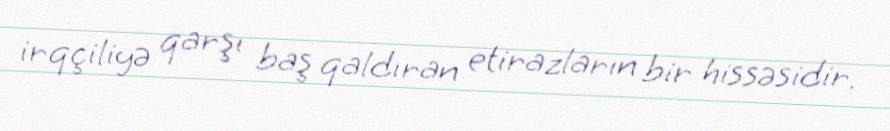
irqçiliyə qarşı baş qaldıran etirazların bir hissəsidir.